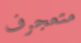
متعجرف